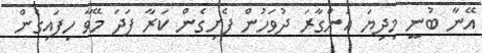
އޭނާ ބުނީ މިދިޔަ އަންގާރަ ދުވަހުން ފެށިގެން ކަރާ ފަދަ މޭވާ ހިފައިގެން